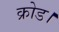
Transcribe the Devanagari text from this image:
क्रोड।